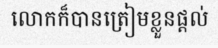
លោកក៏បានត្រៀមខ្លួនផ្តល់